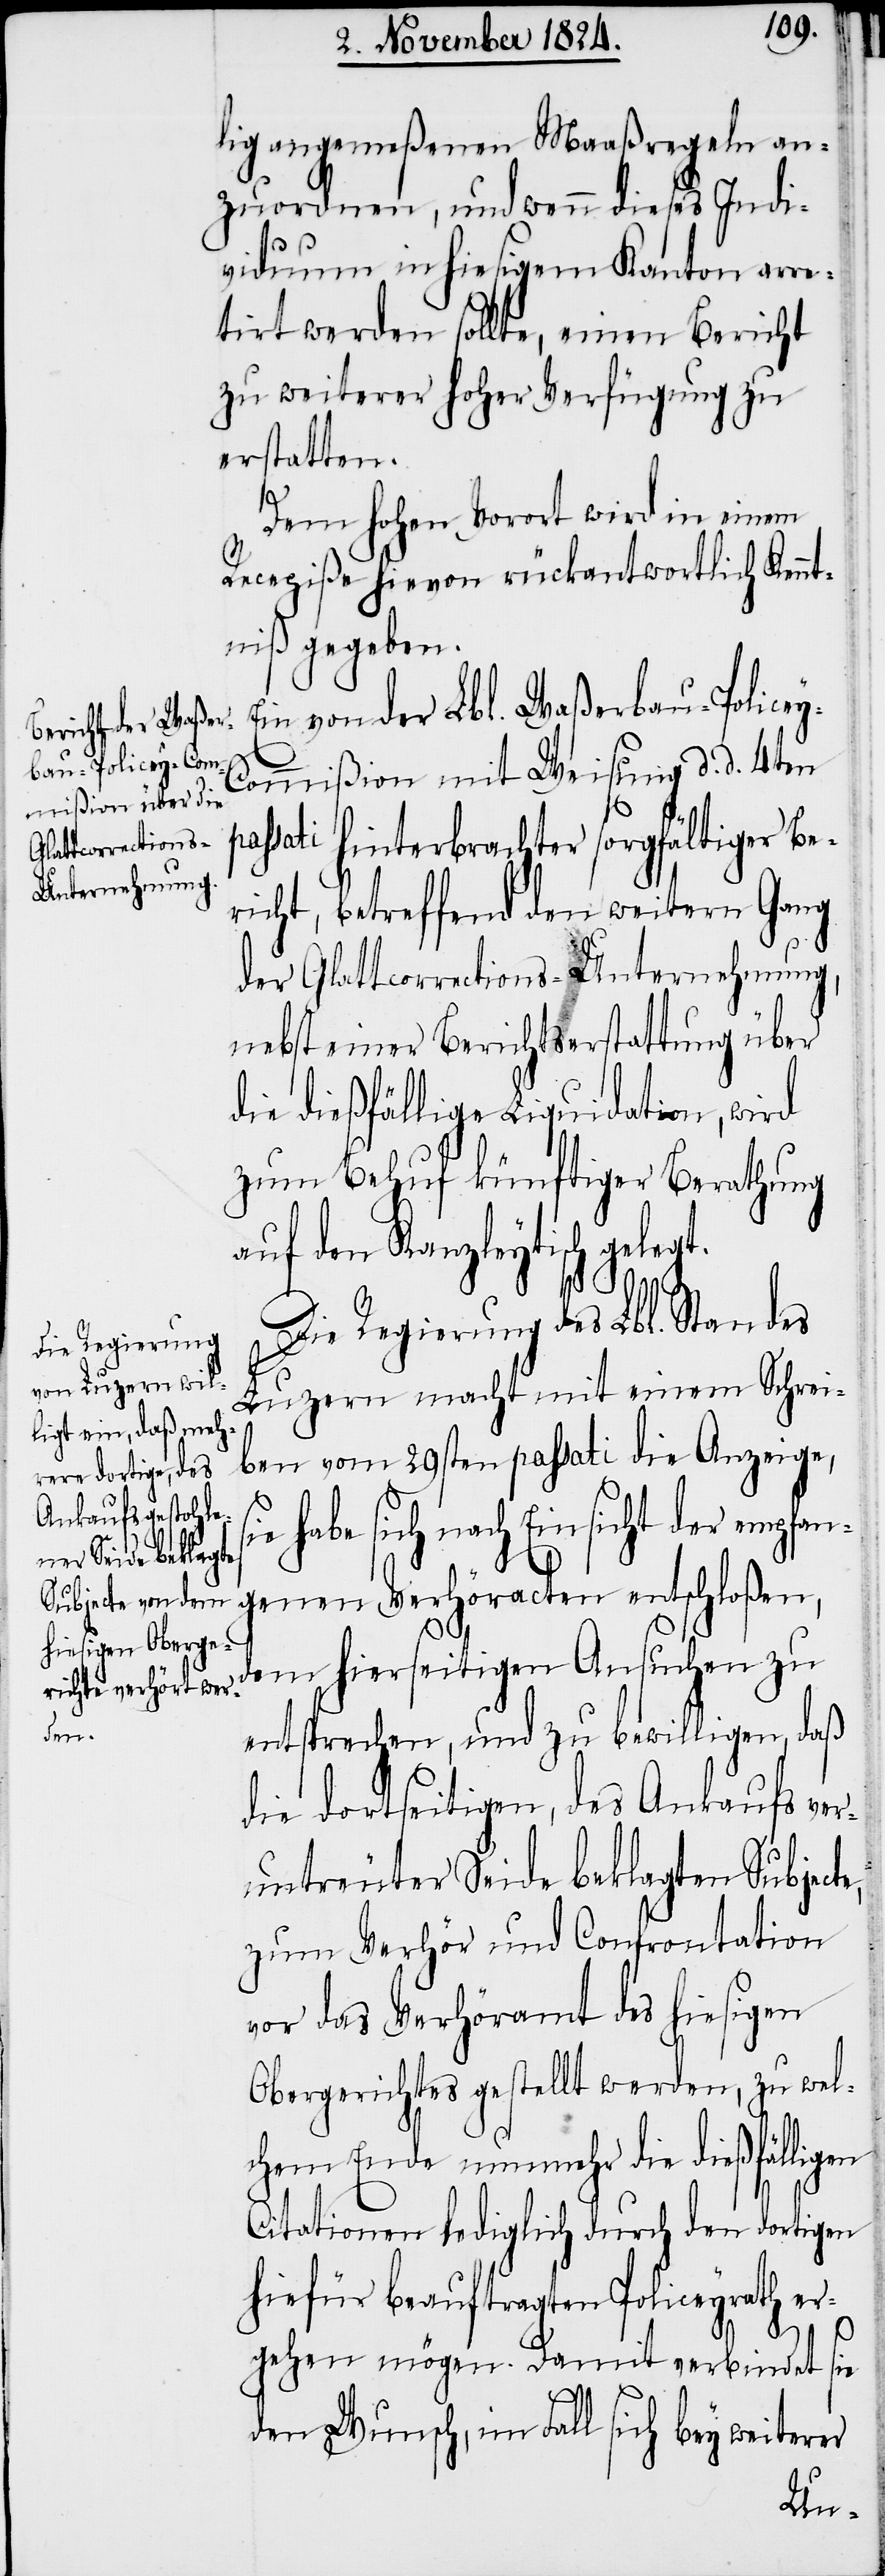
lig angemeßenen Maaßregeln an¬
zuordnen, und wenn dieses Indi¬
viduum in hiesigem Kanton arre¬
tirt werden sollte, einen Bericht
zu weiterer hoher Verfügung zu
erstatten.
Dem hohen Vorort wird in einem
Recepiße hievon rückantwortlich Kennt¬
niß gegeben.
Ein von der Lbl. Waßerbau-Police¬
ommißion mit Weisung d. d. 4ten
passati hinterbrachter sorgfältiger Be¬
richt, betreffend den weitern Gang
der Glattcorrections-Unternehmung,
nebst einer Berichtserstattung über
die dießfällige Liquidation, wird
zum Behuf künftiger Berathung
auf den Kanzleytisch gelegt.
Die Regierung des Lbl. Standes
Luzern macht, mit einem Schrei¬
ben vom 29sten passati die Anzeige,
habe sich nach Einsicht der empfan¬
genen Verhöracten entschloßen,
dem hierseitigen Ansuchen zu
entsprechen, und zu bewilligen, daß
die dortseitigen, des Ankaufs ver¬
untreuter Seide beklagten Subjecte,
zum Verhör und Confrontation
vor das Verhöramt des hiesigen
Obergerichts gestellt werden, zu wel¬
chem Ende nunmehr die dießfälligen
Citationen lediglich durch den dortigen
hiefür beauftragten Policeyrath er¬
y-C¬
gehen mögen. Damit verbindet sie
den Wunsch, im Fall sich bey weiterer